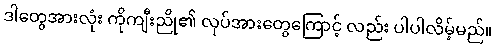
ဒါတွေအားလုံး ကိုကျီးညို၏ လုပ်အားတွေကြောင့် လည်း ပါပါလိမ့်မည်။